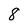
Character: 8